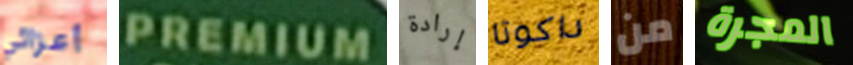
أعزائي PREMIUM إرادة داكوتا من المجرة